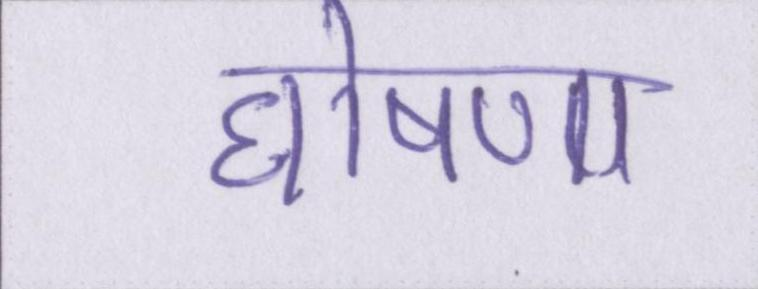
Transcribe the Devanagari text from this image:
घोषणा